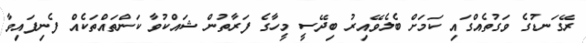
ރޭގަނޑުގެ ވަގުތެއްގައި ކަމަށް ބެލެވޭއިރު ބިދޭސީ މީހާގެ ފަރާތުން ޝައްކުވާ ކަންތައްތަކެއް ފެނިފައިވާ